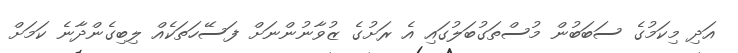
އަދި މިކަމުގެ ސަބަބުން މުސްތަގުބަލުގައި އެ ރަށުގެ ޒުވާނުންނަށް ފަސޭހަތަކެއް ލިިބިގެންދާނެ ކަމަށް